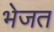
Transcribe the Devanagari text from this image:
भेजत